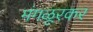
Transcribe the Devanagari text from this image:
मंगळूरकर